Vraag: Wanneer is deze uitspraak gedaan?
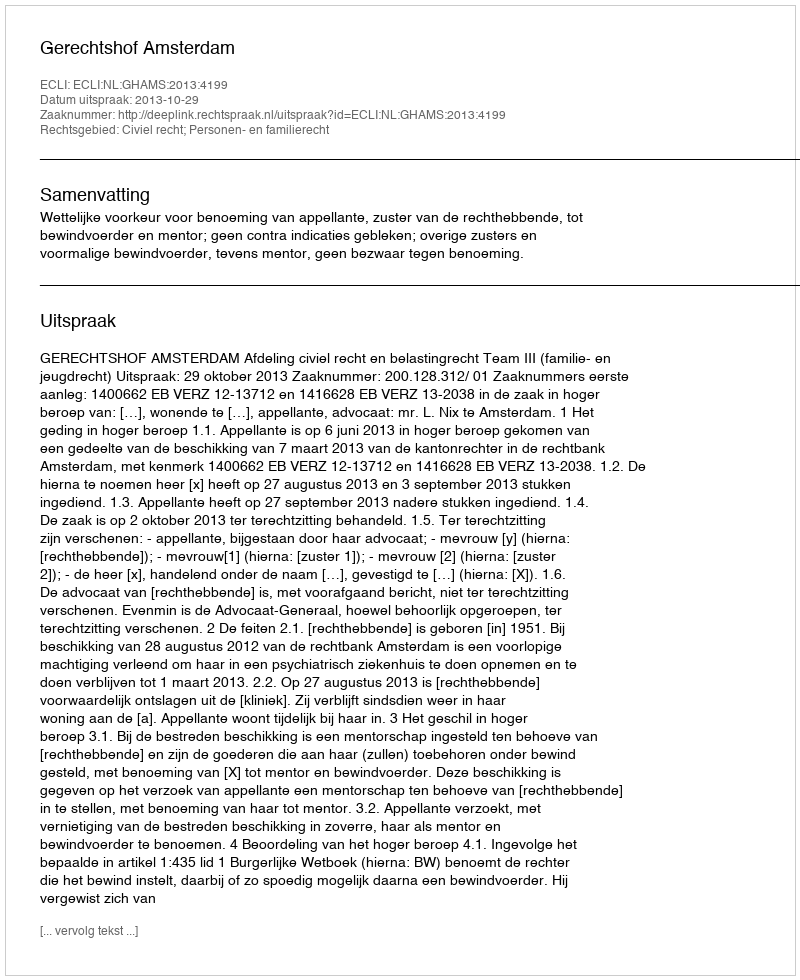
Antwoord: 2013-10-29